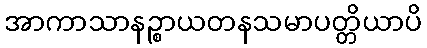
အာကာသာနဉ္စာယတနသမာပတ္တိယာပိ